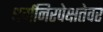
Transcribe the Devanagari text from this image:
धर्मनिरपेक्षतेवर